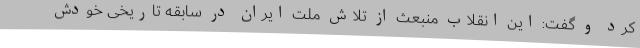
کرد و گفت: این انقلاب منبعث از تلاش ملت ایران در سابقه تاریخی خودش